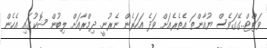
ވަޓްޓް..ގޭގަވެސް ޔުއާންތަ އެތެރެއަށް ވަދެ އަހަރެން ނެރުނީ. ދިމްރާއަށް ލިބުން ޝޮކުގައި އެހެން